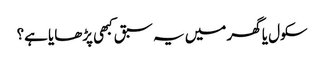
سکول یا گھر میں یہ سبق کبھی پڑھایا ہے؟